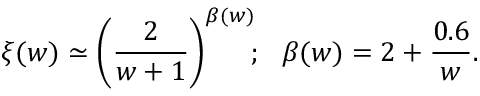
\xi ( w ) \simeq \bigg ( { \frac { 2 } { w + 1 } } \bigg ) ^ { \beta ( w ) } \! ; ~ ~ \beta ( w ) = 2 + { \frac { 0 . 6 } { w } } .